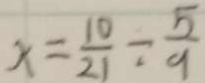
x = \frac { 1 0 } { 2 1 } \div \frac { 5 } { 9 }